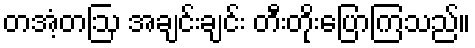
တအံ့တဩ အချင်းချင်း တီးတိုးပြောကြသည်။